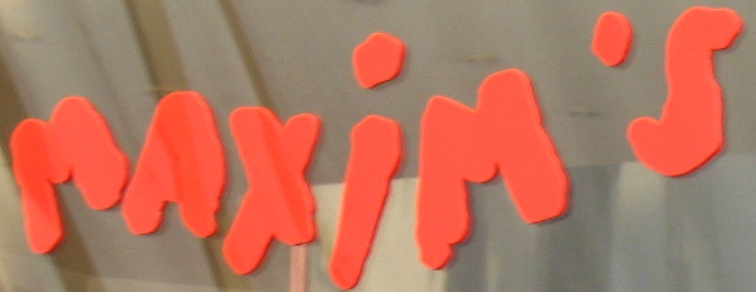
MAXIM'S